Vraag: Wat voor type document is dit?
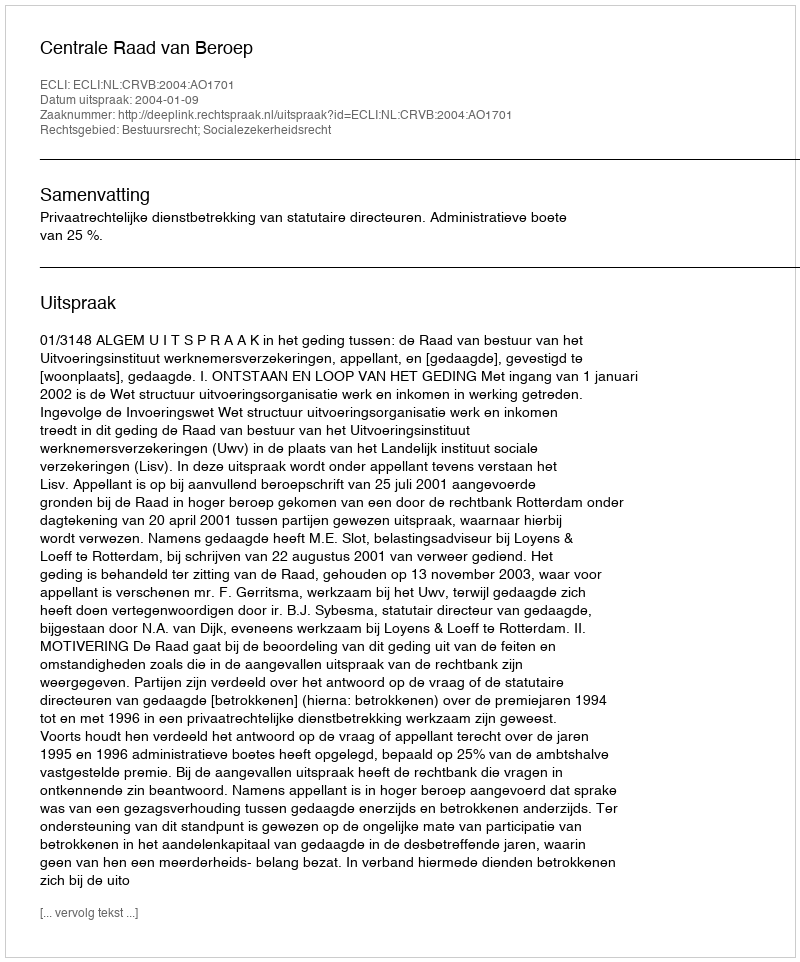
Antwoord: Uitspraak